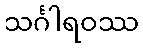
သင်္ဂါရဝဿ